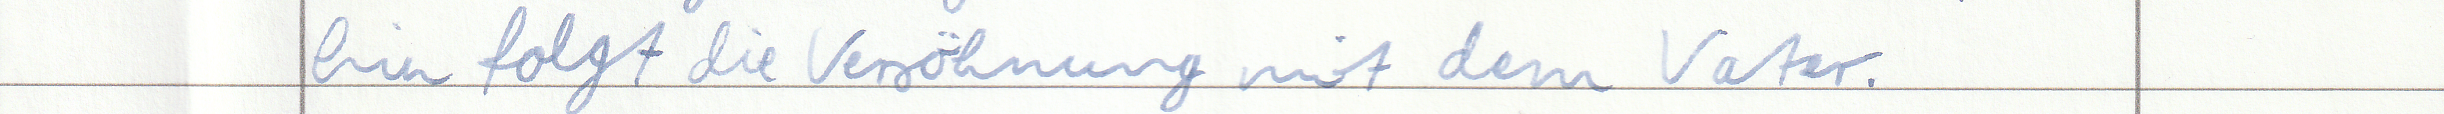
bin folgt die Versöhnung mit dem Vater.